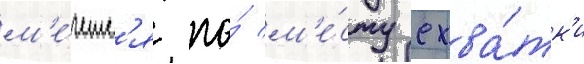
м'е́четс'я по́ м'е́сту схва́тк'и